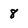
Character: 8